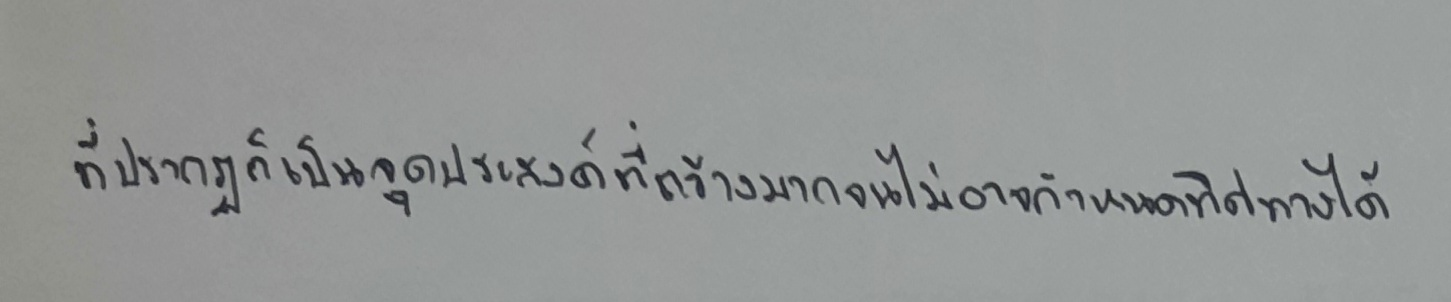
ที่มีปรากฏก็เป็นจุดประสงค์ที่กว้างมากจนไม่อาจกำหนดทิศทางได้